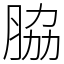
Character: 脇